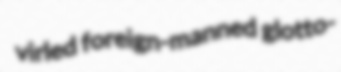
virled foreign-manned glotto-